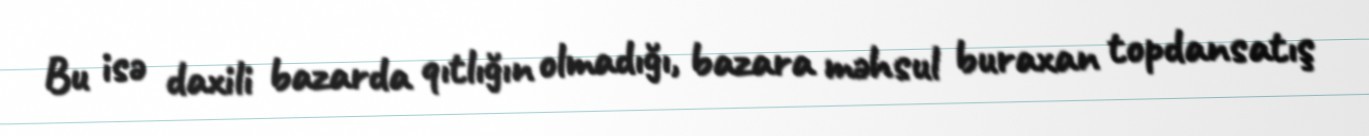
Bu isə daxili bazarda qıtlığın olmadığı, bazara məhsul buraxan topdansatış